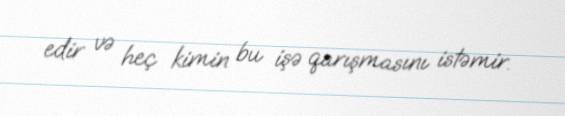
edir və heç kimin bu işə qarışmasını istəmir.